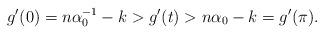
LaTeX: \begin{align*}g'(0)=n\alpha_{0}^{-1}-k>g'(t)>n\alpha_{0}-k=g'(\pi).\end{align*}